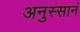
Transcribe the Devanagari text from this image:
अनुस्सानं